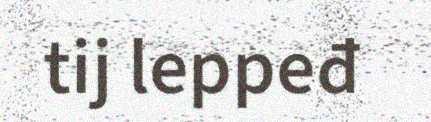
tij leppeđ